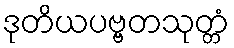
ဒုတိယပဗ္ဗတသုတ္တံ